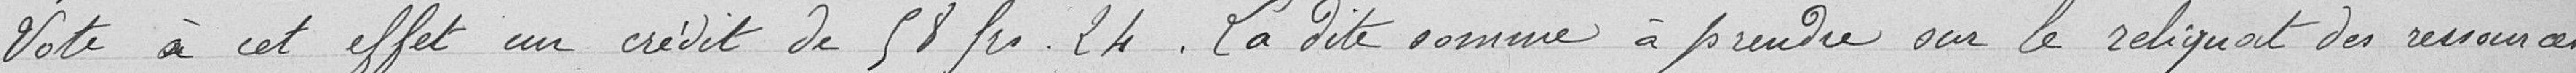
Vote à cet effet un crédit de 58 frs 24. La dite somme à prendre sur le reliquat des ressources